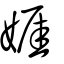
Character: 娾